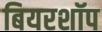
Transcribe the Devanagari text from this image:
बियरशॉप